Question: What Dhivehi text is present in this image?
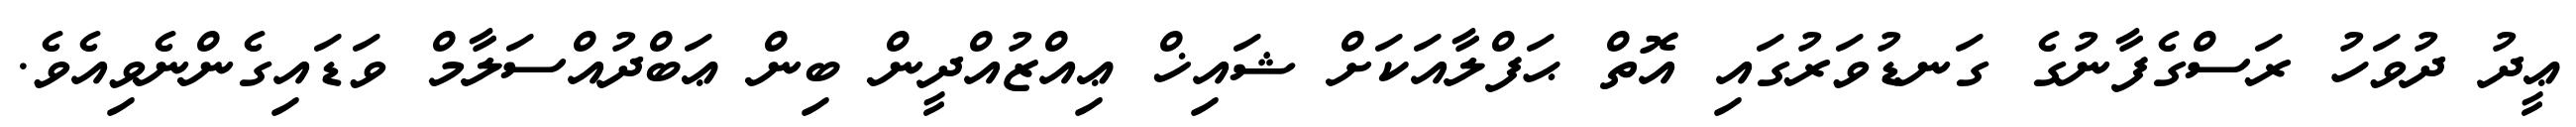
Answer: ޢީދު ދުވަހު ރަސްގެފާނުގެ ގަނޑުވަރުގައި އޮތް ޙަފްލާއަކަށް ޝައިޚް ޢިއްޒުއްދީން ބިން ޢަބްދުއްސަލާމް ވަޑައިގެންނެވިއެވެ.